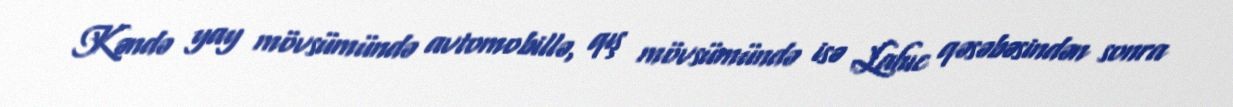
Kəndə yay mövsümündə avtomobillə, qış mövsümündə isə Lahıc qəsəbəsindən sonra